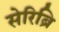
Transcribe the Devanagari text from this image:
सेरिब्रि